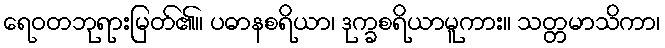
ရေဝတဘုရားမြတ်၏။ ပဓာနစရိယာ၊ ဒုက္ခစရိယာမူကား။ သတ္တမာသိကာ၊